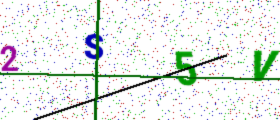
Text: 2S5V